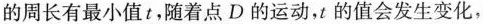
的周长有最小值t，随着点D的运动，t的值会发生变化，